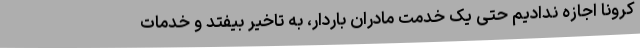
کرونا اجازه ندادیم حتی یک خدمت مادران باردار، به تاخیر بیفتد و خدمات